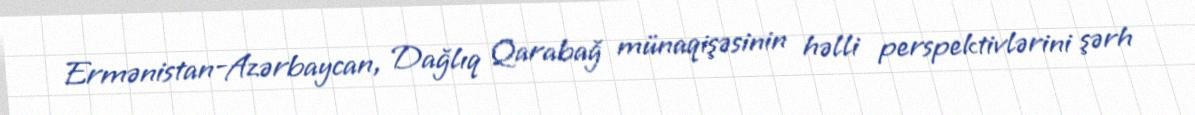
Ermənistan-Azərbaycan, Dağlıq Qarabağ münaqişəsinin həlli perspektivlərini şərh